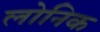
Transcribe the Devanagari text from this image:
लोनिक